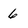
Character: 6